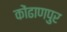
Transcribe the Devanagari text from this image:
कोंढाणपुर